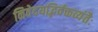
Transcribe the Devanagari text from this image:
निवेदयद्भिर्वक्तव्यंतैः